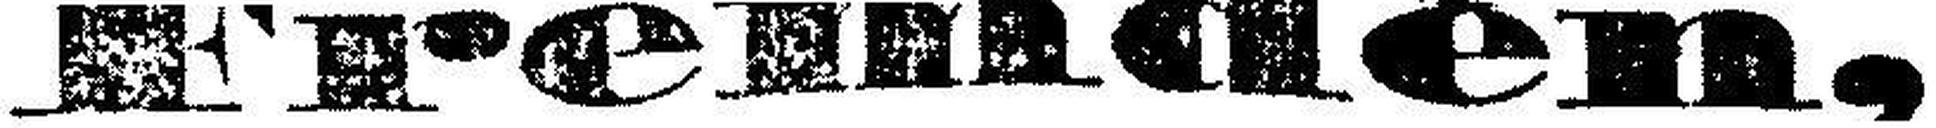
Fremden,